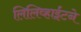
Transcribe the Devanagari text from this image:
लिलिव्हाईटने